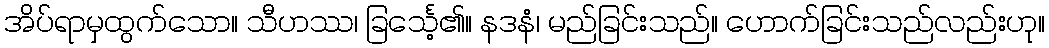
အိပ်ရာမှထွက်သော။ သီဟဿ၊ ခြင်္သေ့၏။ နဒနံ၊ မည်ခြင်းသည်။ ဟောက်ခြင်းသည်လည်းဟု။